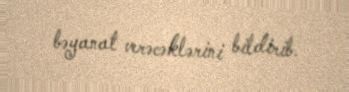
bəyanat verəcəklərini bildirib.